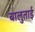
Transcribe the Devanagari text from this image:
बालुताई